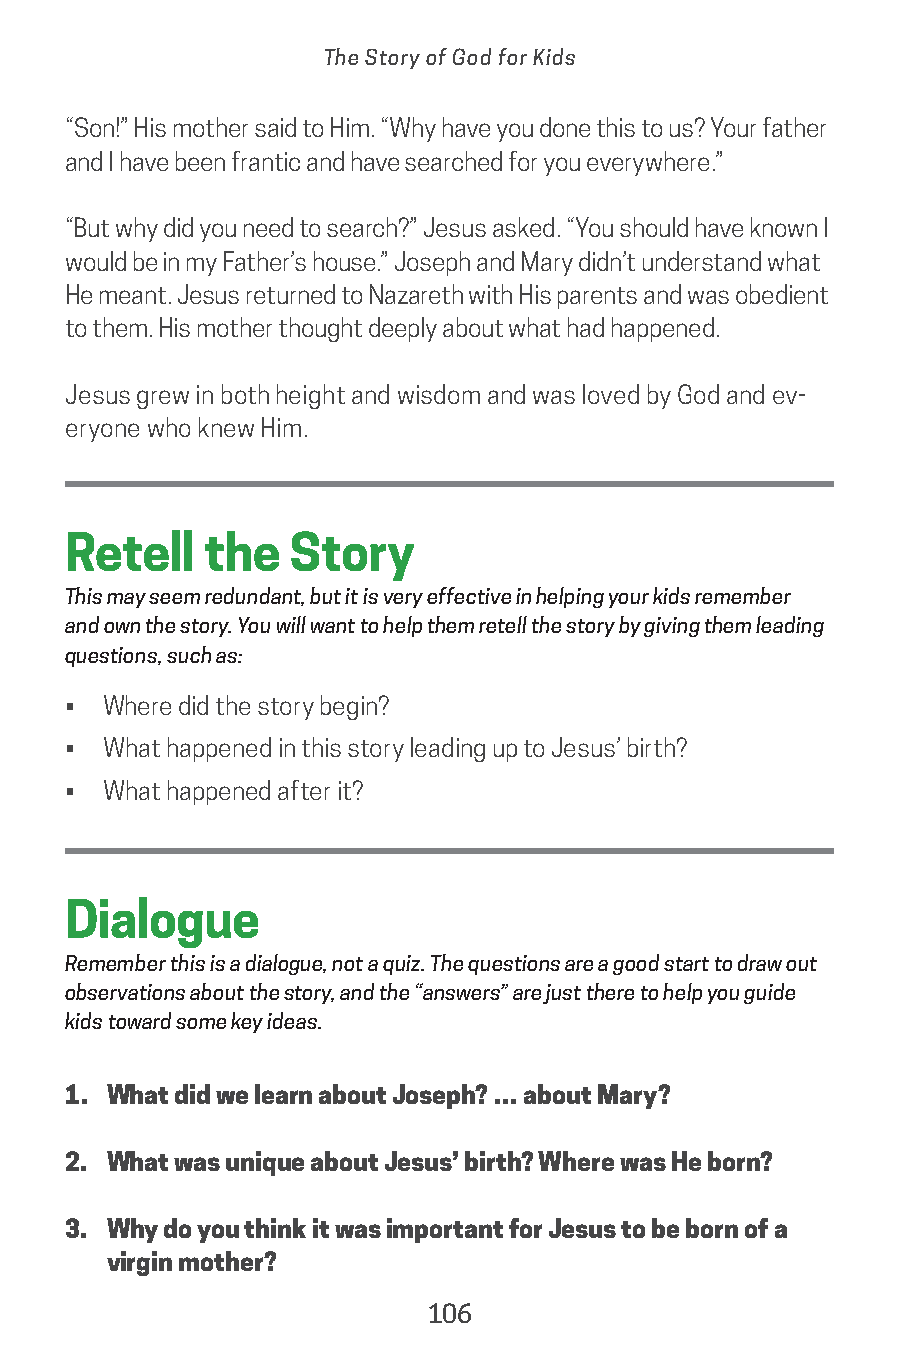
The Story of God for Kids
 “Son!” His mother said to Him. “Why have you done this to us? Your father
 and I have been frantic and have searched for you everywhere.”
 “But why did you need to search?” Jesus asked. “You should have known I
 would be in my Father’s house.” Joseph and Mary didn’t understand what
 He meant. Jesus returned to Nazareth with His parents and was obedient
 to them. His mother thought deeply about what had happened.
 Jesus grew in both height and wisdom and was loved by God and ev-
 eryone who knew Him.
 Retell   the   Story
 This may seem redundant, but it is very effective in helping your kids remember
 and own the story. You will want to help them retell the story by giving them leading
 questions, such as:
 • Where did the story begin?
 • What happened in this story leading up to Jesus’ birth?
 • What happened after it?
 Dialogue
 Remember this is a dialogue, not a quiz. The questions are a good start to draw out
 observations about the story, and the “answers” are just there to help you guide
 kids toward some key ideas.
 1. What did we learn about Joseph? … about Mary?
 2. What was unique about Jesus’ birth? Where was He born?
 3. Why do you think it was important for Jesus to be born of a
 virgin mother?
 106
 saturate-story_of_god_kids-2.indd 106             8/10/17 10:11 PM